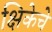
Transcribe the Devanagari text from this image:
क्षिकेचे